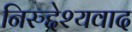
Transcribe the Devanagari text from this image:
निरुद्देश्यवाद